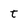
Character: t